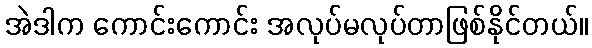
အဲဒါက ကောင်းကောင်း အလုပ်မလုပ်တာဖြစ်နိုင်တယ်။